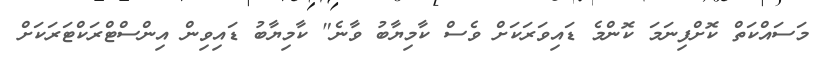
މަސައްކަތް ކޮށްފިނަމަ ކޮންމެ ޑައިވަރަކަށް ވެސް ކާމިޔާބު ވާނެ" ކާމިޔާބު ޑައިވިން އިންސްޓްރަކްޓަަރަކަށް